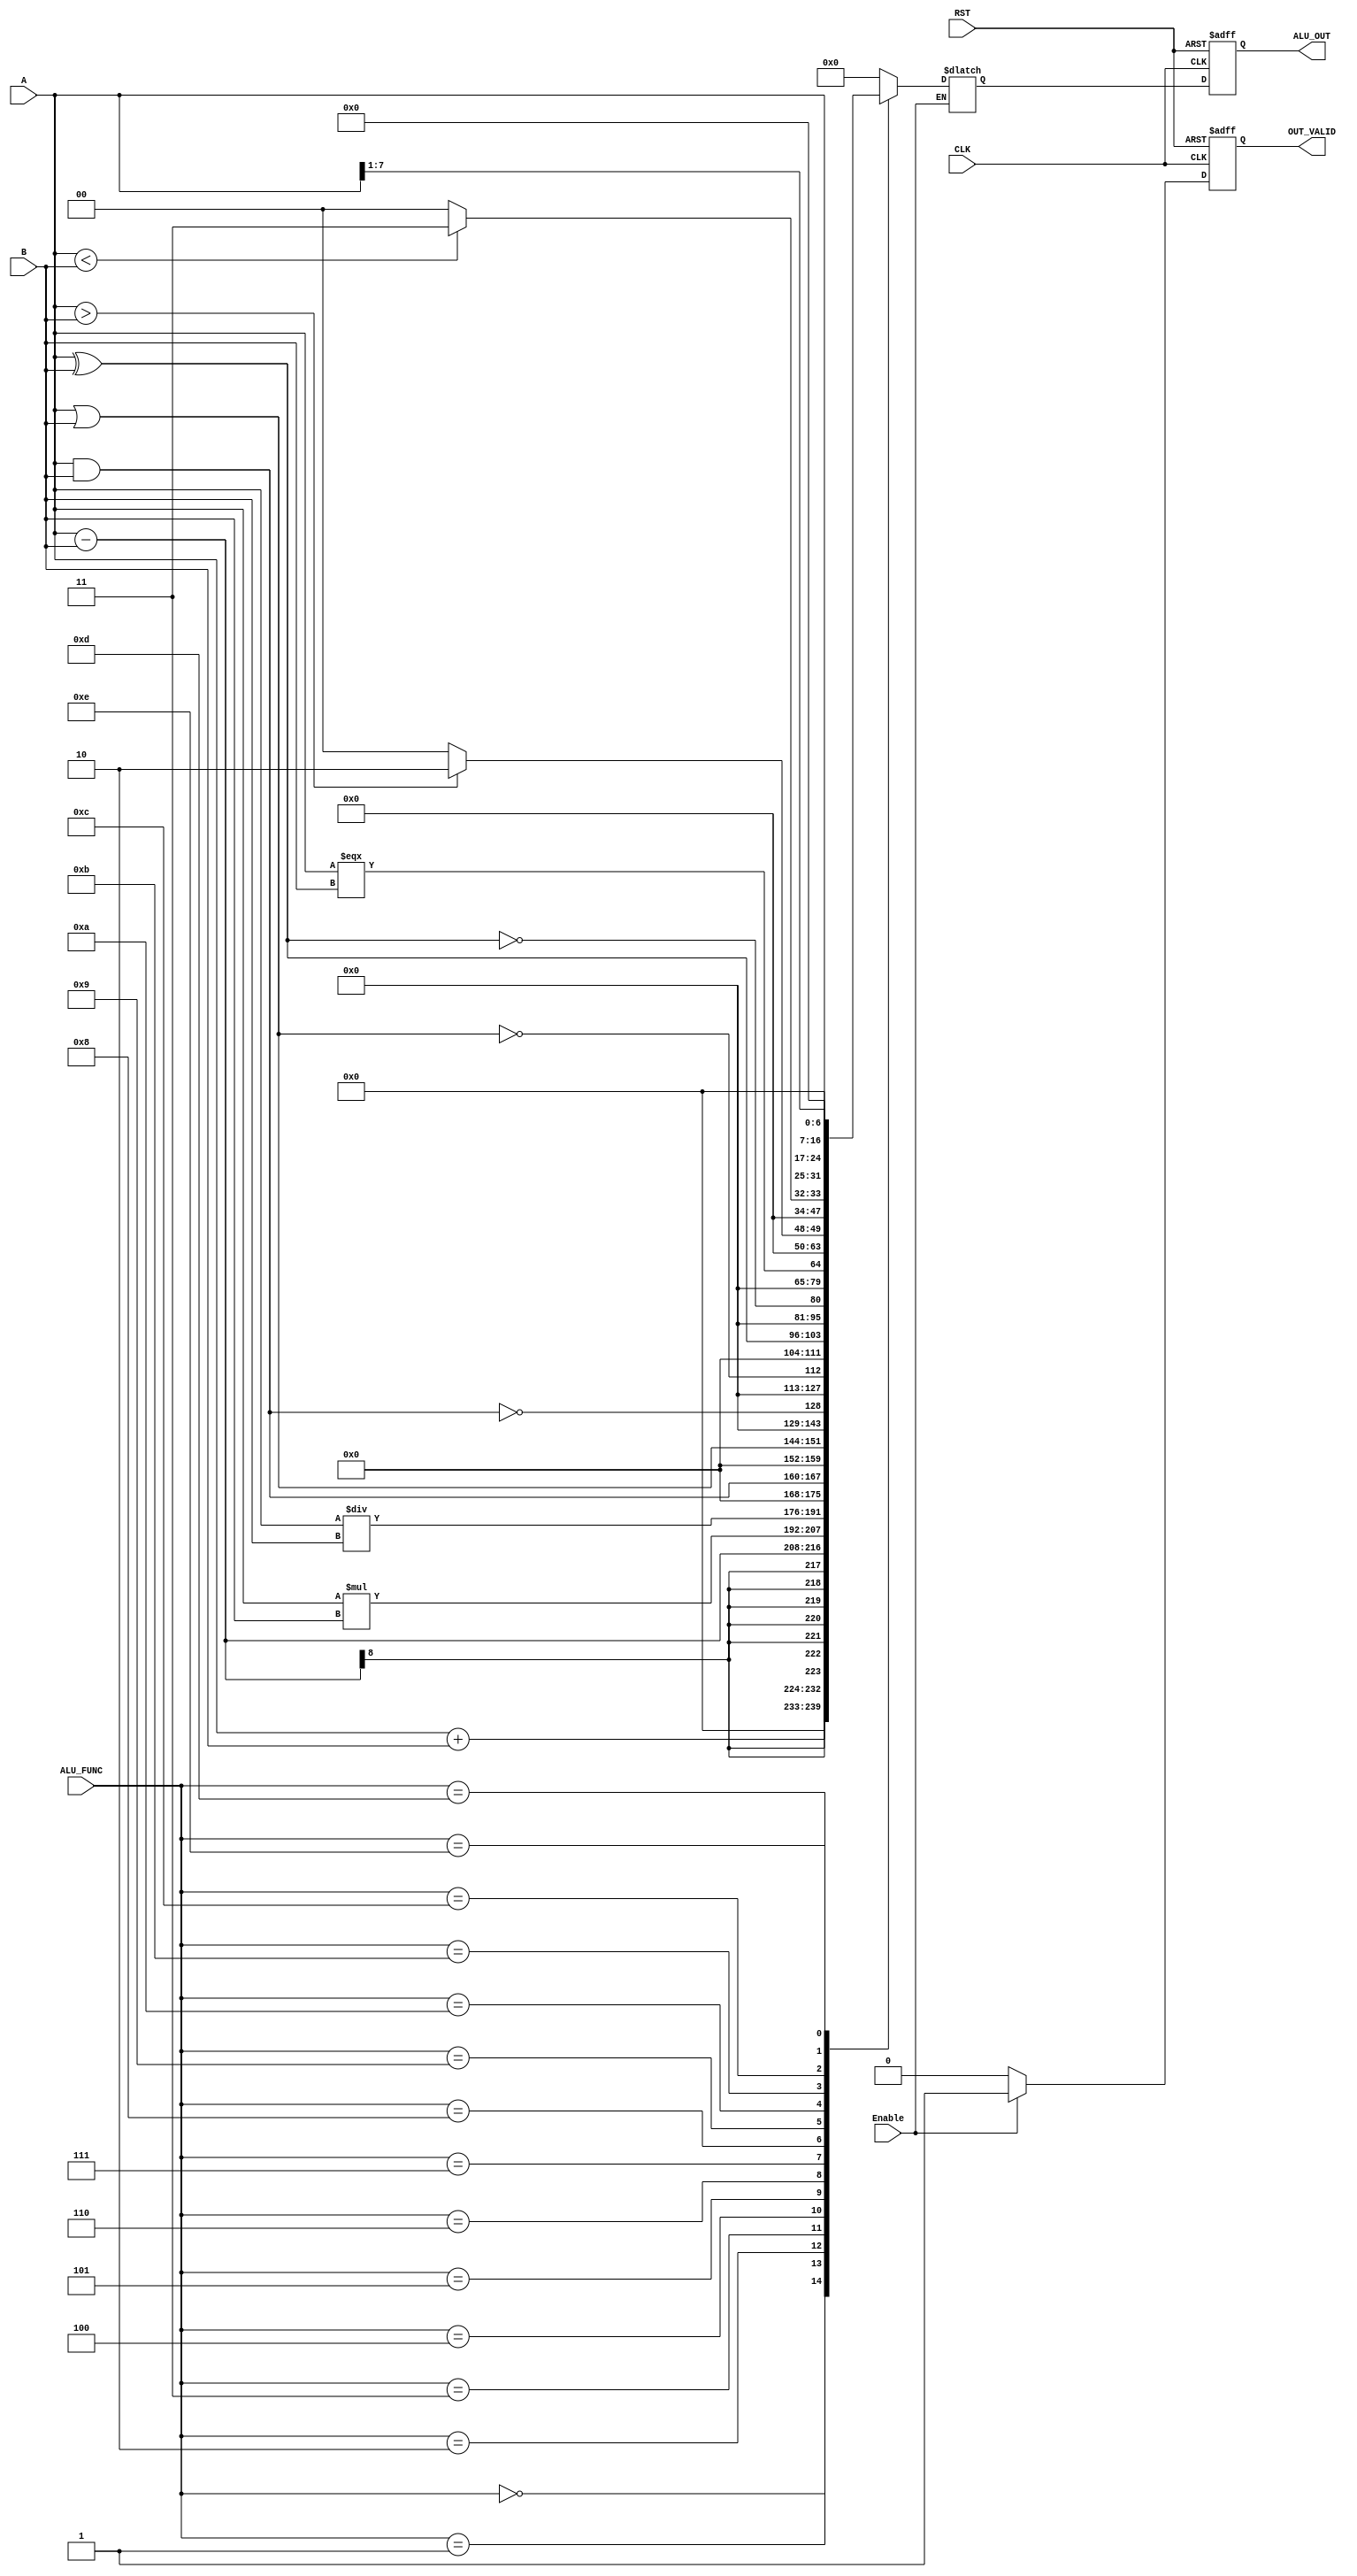
module ALU #(parameter DATAWIDTH=8, FUNC = 4) 
(
input 										CLK,
input 										RST,
input		[DATAWIDTH-1:0] 				A,
input		[DATAWIDTH-1:0]					B,
input		[FUNC-1:0]						ALU_FUNC,
input										Enable,
output reg		[2*DATAWIDTH-1:0]				ALU_OUT,
output reg										OUT_VALID
);
reg 		[2*DATAWIDTH-1:0]				ALU_OUT_comb;
reg											OUT_VALID_comb;
parameter Addition=4'b0000, Subtraction =4'b0001, Multiplication=4'b010,Division=4'b011,AND =4'b100, OR = 4'b101, NAND = 4'b110, NOR = 4'b111, XOR = 4'b1000, XNOR=4'b1001 , CMPEQN = 4'b1010 , CMPGREATER=4'b1011 ,CMPSMALLER=4'b1100 , SHIFTLEFT=4'b1101 ,SHIFTRIGHT = 4'b1110;
always@(posedge CLK or negedge RST)
begin
		if(!RST) begin ALU_OUT<='b0; OUT_VALID<='b1;   end
		else begin  ALU_OUT<= ALU_OUT_comb; OUT_VALID<=OUT_VALID_comb;    end 
end

always@(*)
	begin
		 if(Enable) begin
		 OUT_VALID_comb<='b1;
			case(ALU_FUNC)
				Addition:					ALU_OUT_comb<= A+B;
				Subtraction:				ALU_OUT_comb<= A-B;
				Multiplication:				ALU_OUT_comb<= A*B;
				Division:					ALU_OUT_comb<= A/B;					
				AND:						ALU_OUT_comb<= A&B;
				OR:							ALU_OUT_comb<= A|B;
				NAND:						ALU_OUT_comb<= !(A&B);
				NOR:						ALU_OUT_comb<= !(A|B);
				XOR:						ALU_OUT_comb<= A^B;
				XNOR:						ALU_OUT_comb<= !(A^B);
				CMPEQN:						ALU_OUT_comb<= (A===B);
				CMPGREATER:		begin		if(A>B) ALU_OUT_comb<=2; else  ALU_OUT_comb<=0;  end
				CMPSMALLER:		begin		if(A<B) ALU_OUT_comb<=3; else  ALU_OUT_comb<=0;  end
				SHIFTLEFT:					ALU_OUT_comb<= A<<1;
				SHIFTRIGHT:					ALU_OUT_comb<= A>>1;
				default:					ALU_OUT_comb<=0; 
			endcase
		end
		else
		begin
		OUT_VALID_comb<='b0;
		end
	end
endmodule